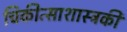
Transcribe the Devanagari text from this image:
चिकीत्साशास्त्रकी